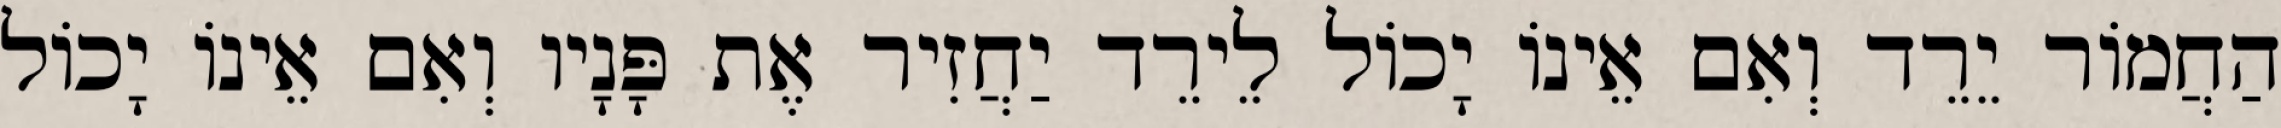
הַחֲמוֹר יֵרֵד וְאִם אֵינוֹ יָכוֹל לֵירֵד יַחֲזִיר אֶת פָּנָיו וְאִם אֵינוֹ יָכוֹל